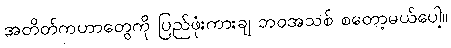
အတိတ်ကဟာတွေကို ပြည်ဖုံးကားချ ဘဝအသစ် စတော့မယ်ပေါ့။